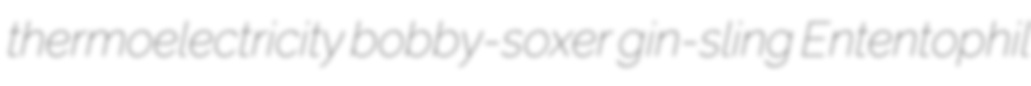
thermoelectricity bobby-soxer gin-sling Ententophil